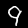
Label: 9